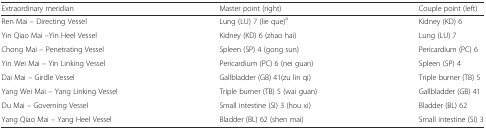
| Extraordinary meridian | Master point (right) | Couple point (left) |
 | --- | --- | --- |
 | Ren Mai – Directing Vessel | Lung (LU) 7 (lie que)a | Kidney (KD) 6 |
 | Yin Qiao Mai –Yin Heel Vessel | Kidney (KD) 6 (zhao hai) | Lung (LU) 7 |
 | Chong Mai – Penetrating Vessel | Spleen (SP) 4 (gong sun) | Pericardium (PC) 6 |
 | Yin Wei Mai – Yin Linking Vessel | Pericardium (PC) 6 (nei guan) | Spleen (SP) 4 |
 | Dai Mai – Girdle Vessel | Gallbladder (GB) 41(zu lin qi) | Triple burner (TB) 5 |
 | Yang Wei Mai – Yang Linking Vessel | Triple burner (TB) 5 (wai guan) | Gallbladder (GB) 41 |
 | Du Mai – Governing Vessel | Small intestine (SI) 3 (hou xi) | Bladder (BL) 62 |
 | Yang Qiao Mai – Yang Heel Vessel | Bladder (BL) 62 (shen mai) | Small intestine (SI) 3 |